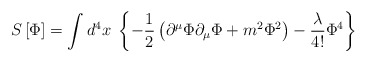
\begin{align*}S\left[ \Phi \right] =\int d^4x\;\left\{ - \frac{1}{2} \left(\partial ^\mu \Phi \partial _\mu \Phi +m^2\Phi ^2\right) -\frac \lambda {4!} \Phi ^4\right\}\end{align*}